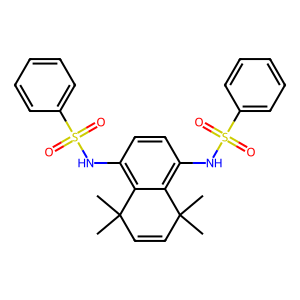
SMILES: CC1(C)C=CC(C)(C)c2c(NS(=O)(=O)c3ccccc3)ccc(NS(=O)(=O)c3ccccc3)c21
Inhibits HIV replication: No